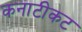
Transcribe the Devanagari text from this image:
कनाटीकट